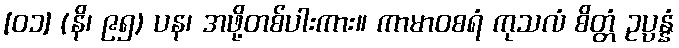
[၀၁] (နိ၊ ၉၅) ပန၊ အဖို့တစ်ပါးကား။ ကာမာဝစရံ ကုသလံ စိတ္တံ ဥပ္ပန္နံ